Vaccination report Assam 1896-1927 - 1896-1927
Year: 1896
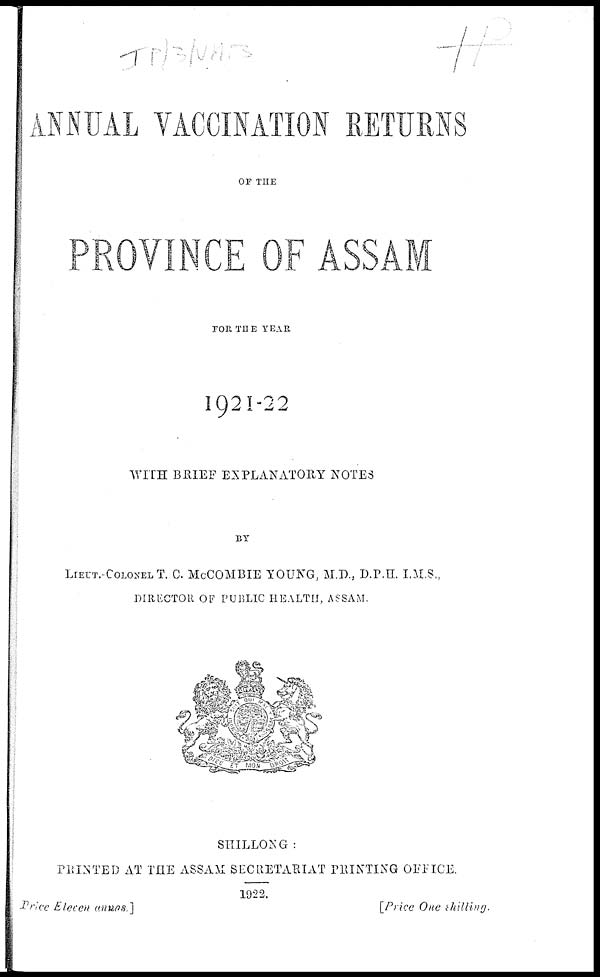
ANNUAL VACCINATION RETURNS
OF THE
PROVINCE OF ASSAM
FOR THE YEAR
1921-22
WITH BRIEF EXPLANATORY NOTES
BY
LIEUT.-COLONEL T. C. McCOMBIE YOUNG, M.D., D.P.H. I.M.S.,
DIRECTOR OF PUBLIC HEALTH, ASSAM
SHILLONG :
PRINTED AT THE ASSAM SECRETARIAT PRINTING OFFICE.
1922.
Price Eleven annas ]
[Price One shilling.